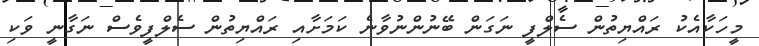
މީހަކާއެކު ރައްޔިތުން ސެލްފީ ނަގަން ބޭނުންނުވާނެ ކަމަށާއި ރައްޔިތުން ސެލްފީވެސް ނަގާނީ ވަކި